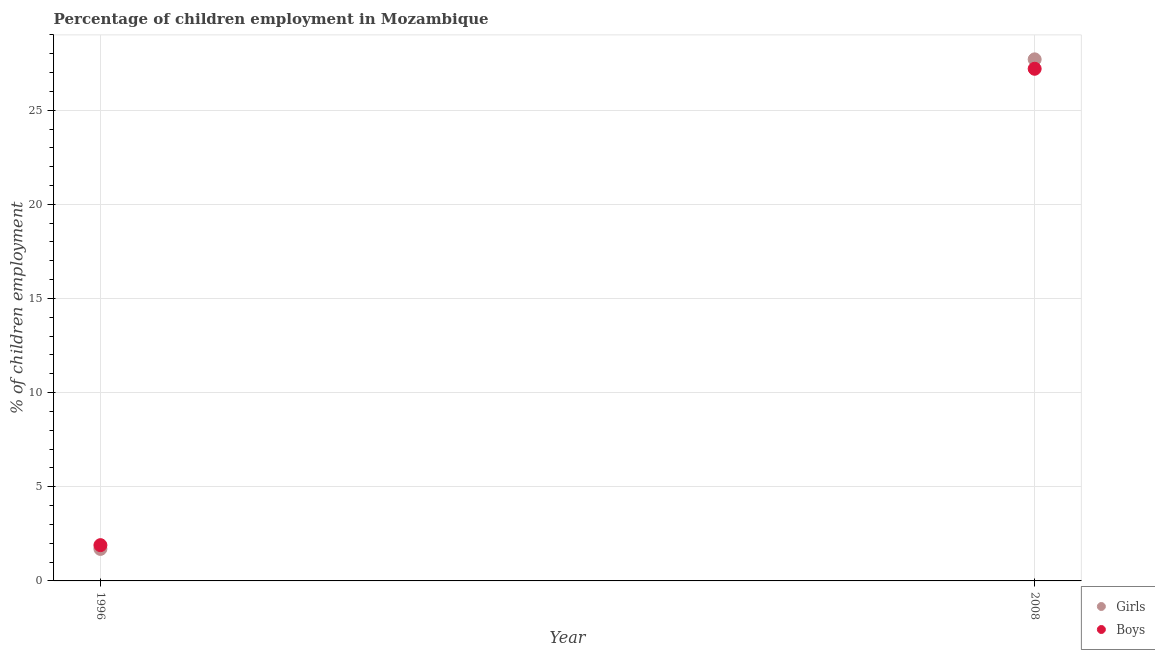
| Year | Girls | Boys |
 | --- | --- | --- |
 | 1996 | 1.7 | 1.9 |
 | 2008 | 27.7 | 27.2 |